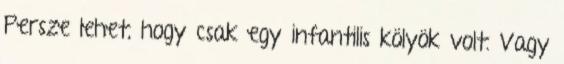
Persze lehet, hogy csak egy infantilis kölyök volt. Vagy